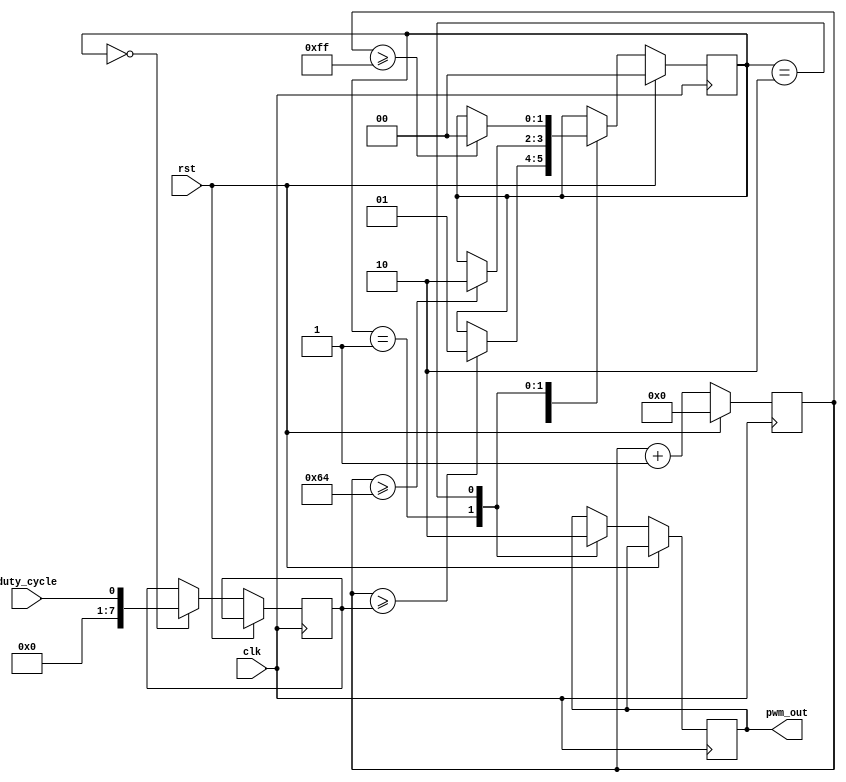
module PWM_Timer(
    input clk,
    input rst,
    input duty_cycle,
    output reg pwm_out
    );

    parameter PWM_PERIOD = 100; // Adjust this value based on desired PWM period
    
    reg [7:0] counter;
    reg [7:0] compare_value;
    reg [1:0] state;

    always @(posedge clk) begin
        if (rst) begin
            counter <= 8'b0;
            state <= 2'b00;
        end else begin
            counter <= counter + 1;
            
            case(state)
                2'b00: begin // Initial state
                    compare_value <= duty_cycle;
                    if(counter >= compare_value) begin
                        state <= 2'b01;
                    end
                end
                
                2'b01: begin // Pulse high state
                    pwm_out <= 1;
                    if(counter >= PWM_PERIOD) begin
                        state <= 2'b10;
                    end
                end
                
                2'b10: begin // Pulse low state
                    pwm_out <= 0;
                    if(counter >= 255) begin
                        state <= 2'b00;
                    end
                end
            endcase
        end
    end

endmodule